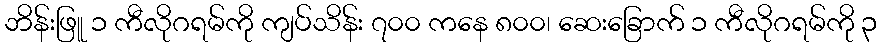
ဘိန်းဖြူ ၁ ကီလိုဂရမ်ကို ကျပ်သိန်း ၇၀၀ ကနေ ၈၀၀၊ ဆေးခြောက် ၁ ကီလိုဂရမ်ကို ၃